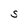
Character: S